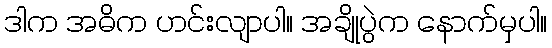
ဒါက အဓိက ဟင်းလျာပါ။ အချိုပွဲက နောက်မှပါ။